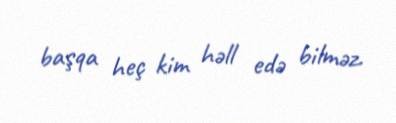
başqa heç kim həll edə bilməz.